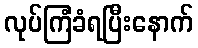
လုပ်ကြံခံရပြီးနောက်